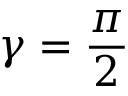
\gamma = \frac { \pi } { 2 }